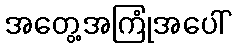
အတွေ့အကြုံအပေါ်